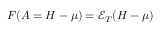
{ F ( A = H - \mu ) = \mathcal E _ { T } ( H - \mu ) }